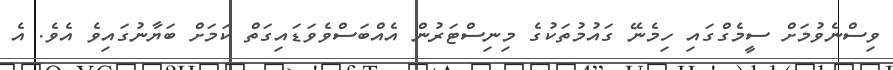
ވިސްނެވުމަށް ސީމެގްގައި ހިމެނޭ ގައުމުތަކުގެ މިނިސްޓަރުން އެއްބަސްވެވަޑައިގަތް ކަމަށް ބަޔާނުގައިވެ އެވެ. އެ